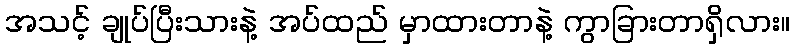
အသင့် ချုပ်ပြီးသားနဲ့ အပ်ထည် မှာထားတာနဲ့ ကွာခြားတာရှိလား။